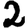
Digit: 2